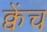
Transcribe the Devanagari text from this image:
क्वेंच